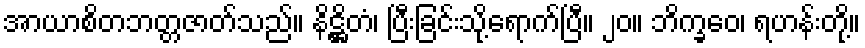
အာယာစိတဘတ္တဇာတ်သည်။ နိဋ္ဌိတံ၊ ပြီးခြင်းသို့ရောက်ပြီ။ ၂၀။ ဘိက္ခဝေ၊ ရဟန်းတို့။